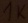
Text: 1K